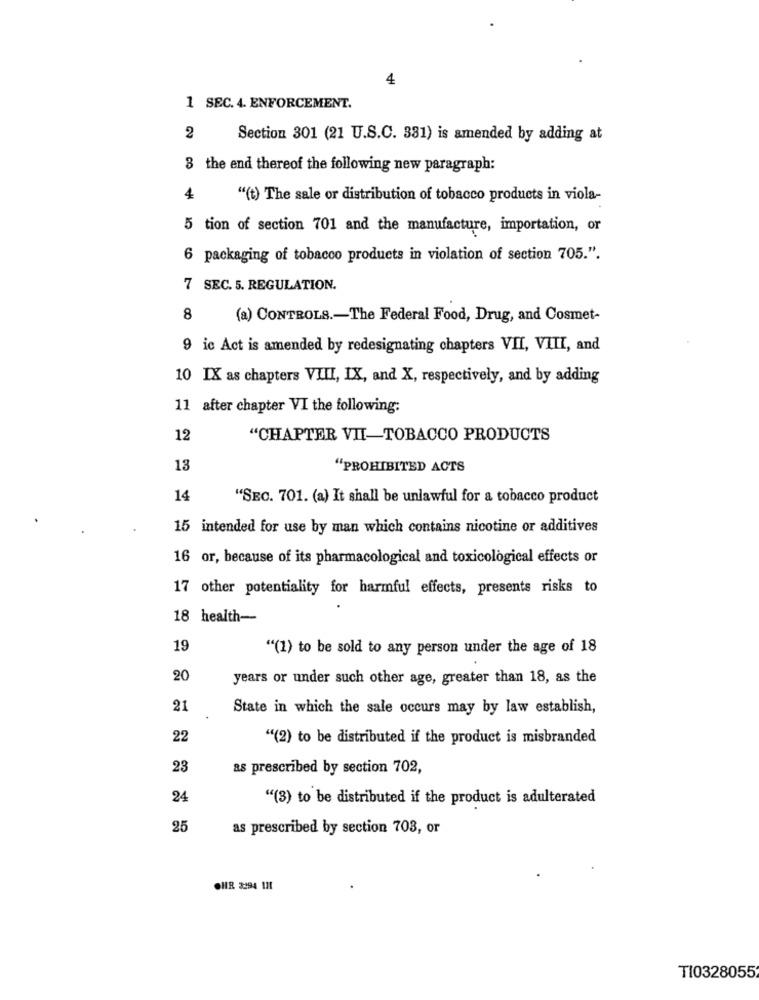
4
1 SEC. 4. ENFORCEMENT.
2
Section 301 (21 U.S.C. 331) is amended by adding at
3 the end thereof the following new paragraph:
4
"(t) The sale or distribution of tobacco products in viola-
5 tion of section 701 and the manufacture, importation, or
6 packaging of tobacco products in violation of section 705.".
7 SEC. 5. REGULATION.
8
(a) CONTROLS .- The Federal Food, Drug, and Cosmet-
9 ic Act is amended by redesignating chapters VII, VIII, and
10 IX as chapters VIII, IX, and X, respectively, and by adding
11 after chapter VI the following:
12
"CHAPTER VII-TOBACCO PRODUCTS
13
"PROHIBITED ACTS
14
"SEC. 701. (a) It shall be unlawful for a tobacco product
15 intended for use by man which contains nicotine or additives
16 or, because of its pharmacological and toxicological effects or
17 other potentiality for harmful effects, presents risks to
18 health-
19
"(1) to be sold to any person under the age of 18
20
years or under such other age, greater than 18, as the
21
State in which the sale occurs may by law establish,
22
"(2) to be distributed if the product is misbranded
23
as prescribed by section 702,
24
"(3) to be distributed if the product is adulterated
25
as prescribed by section 703, or
CHR 294 IH
T10328055